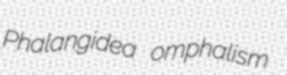
Phalangidea omphalism